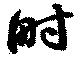
畤